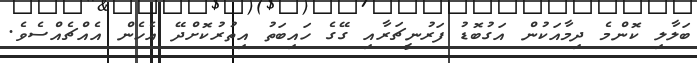
ބަލާލި ކޮންމެ ދިމާއަކުން އަގުބޮޑު ފަރުނީޗަރާއި ގޭގެ ހައިބަތު އިތުރުކޮށްދޭ އެހެން އެއްޗެއްސެވެ.